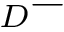
_ D -